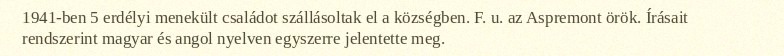
1941-ben 5 erdélyi menekült családot szállásoltak el a községben. F. u. az Aspremont örök. Írásait rendszerint magyar és angol nyelven egyszerre jelentette meg.